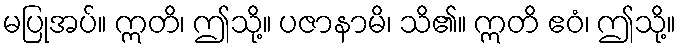
မပြုအပ်။ ဣတိ၊ ဤသို့။ ပဇာနာမိ၊ သိ၏။ ဣတိ ဧဝံ၊ ဤသို့။